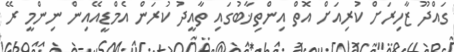
ގައްދޫ ޒާހިރަށް ކުރިއަށް އޮތް އިންތިޚާބުގައި ތާއީދު ކުރަން އެމްޑީއޭއިން ނިންމީ ރޭ